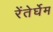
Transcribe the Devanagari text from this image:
रेंतेर्घेम